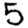
Digit: 5